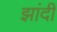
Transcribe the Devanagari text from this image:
झांदी